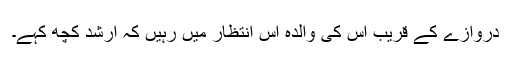
دروازے کے قریب اس کی والدہ اس انتظار میں رہیں کہ ارشد کچھ کہے۔